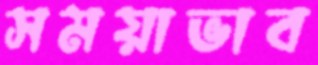
সময়াভাব